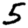
Digit: 5